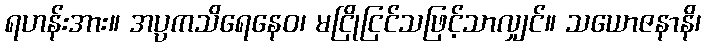
ရဟန်းအား။ အပ္ပကသိရေနေဝ၊ မငြိုငြင်သဖြင့်သာလျှင်။ သယောဇနာနိ၊